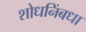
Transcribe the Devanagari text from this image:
शोधनिंबधा